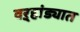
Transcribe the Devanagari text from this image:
वऱ्हांड्यात